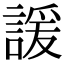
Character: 諼